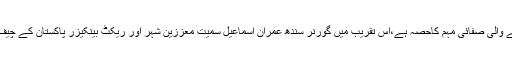
ساحل کی صفائی کے لیے اٹھایا گیا یہ اقدام 13اکتوبر 2018کو ملک گیر سطح پر شروع کیجانے والی صفائی مہم کاحصہ ہے،اس تقریب میں گورنر سندھ عمران اسماعیل سمیت معززین شہر اور ریکٹ بینکیزر پاکستان کے چیف ایگزیکٹو آفیسر فہداشرف سمیت ریکٹ بینکیزر پاکستان کے والنٹیئرز کی بڑی تعداد موجود تھی۔